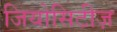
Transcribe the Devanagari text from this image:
जियोसिटीज़